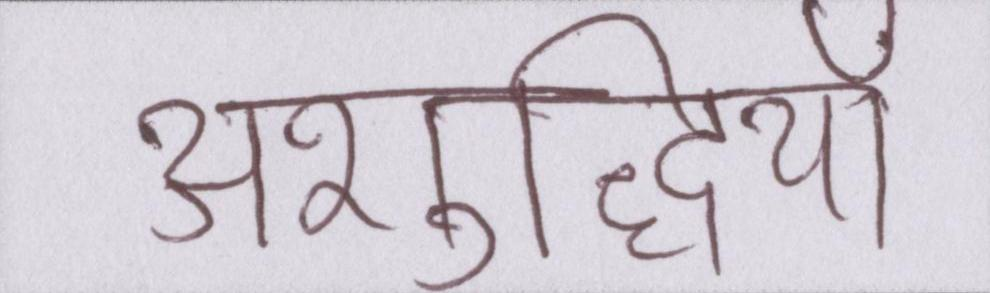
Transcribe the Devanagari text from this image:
अशुद्धियाँ